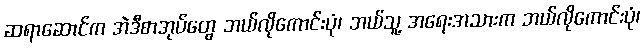
ဆရာဆောင်က အဲဒီစာအုပ်တွေ ဘယ်လိုကောင်းပုံ၊ ဘယ်သူ့ အရေးအသားက ဘယ်လိုကောင်းပုံ၊